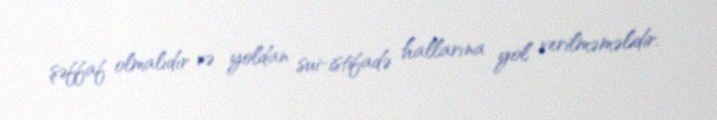
şəffaf olmalıdır və yoldan sui-istifadə hallarına yol verilməməlidir.